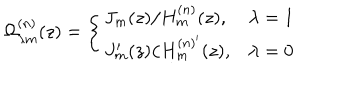
LaTeX: \Omega _ { \lambda m } ^ { ( n ) } ( z ) = \left\{ \begin{array} { l l } { { J _ { m } ( z ) / H _ { m } ^ { ( n ) } ( z ) , } } & { { \lambda = 1 } } \\ { { J _ { m } ^ { \prime } ( z ) / H _ { m } ^ { ( n ) ^ { \prime } } ( z ) , } } & { { \lambda = 0 } } \\ \end{array} \right.